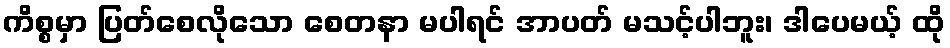
ကိစ္စမှာ ပြတ်စေလိုသော စေတနာ မပါရင် အာပတ် မသင့်ပါဘူး၊ ဒါပေမယ့် ထို